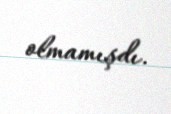
olmamışdı.